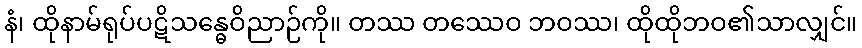
နံ၊ ထိုနာမ်ရုပ်ပဋိသန္ဓေဝိညာဉ်ကို။ တဿ တဿေဝ ဘဝဿ၊ ထိုထိုဘဝ၏သာလျှင်။